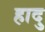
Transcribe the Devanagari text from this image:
हादु